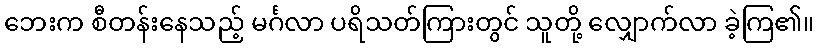
ဘေးက စီတန်းနေသည့် မင်္ဂလာ ပရိသတ်ကြားတွင် သူတို့ လျှောက်လာ ခဲ့ကြ၏။